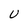
Character: U